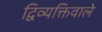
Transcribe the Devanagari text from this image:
द्विव्यक्तिवाले